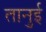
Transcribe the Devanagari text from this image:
तानुई